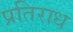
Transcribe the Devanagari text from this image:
प्रतिराध